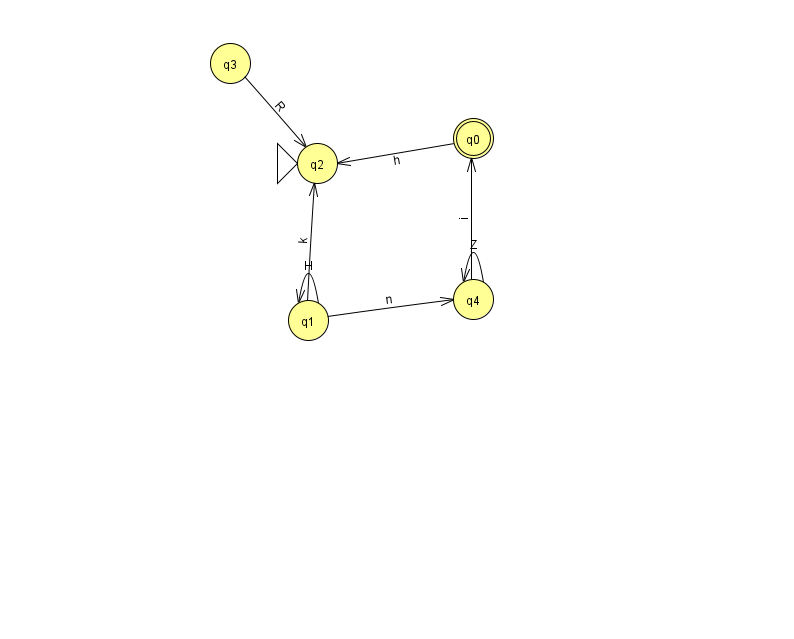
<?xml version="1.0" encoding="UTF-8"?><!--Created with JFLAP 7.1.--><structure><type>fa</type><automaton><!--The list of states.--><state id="0" name="q0"><x>473.0</x><y>125.0</y><final/></state><state id="1" name="q1"><x>308.0</x><y>307.0</y></state><state id="2" name="q2"><x>317.0</x><y>150.0</y><initial/></state><state id="3" name="q3"><x>230.0</x><y>50.0</y></state><state id="4" name="q4"><x>473.0</x><y>286.0</y></state><!--The list of transitions.--><transition><from>0</from><to>2</to><read>h</read></transition><transition><from>4</from><to>0</to><read>i</read></transition><transition><from>1</from><to>1</to><read>H</read></transition><transition><from>4</from><to>4</to><read>Z</read></transition><transition><from>1</from><to>4</to><read>n</read></transition><transition><from>3</from><to>2</to><read>R</read></transition><transition><from>1</from><to>2</to><read>k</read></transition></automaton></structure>